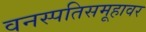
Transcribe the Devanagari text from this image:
वनस्पतिसमूहावर